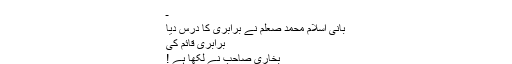
ـ
بانی اسلام محمد صعلم نے برابری کا درس دیا
برابری قائم کی
بخاری صاحب نے لکھا ہے !